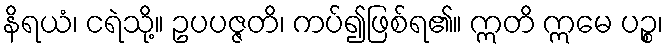
နိရယံ၊ ငရဲသို့။ ဥပပဇ္ဇတိ၊ ကပ်၍ဖြစ်ရ၏။ ဣတိ ဣမေ ပဉ္စ၊